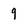
Character: 9